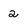
Character: 2